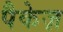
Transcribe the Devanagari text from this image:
पैकेज़